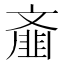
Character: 齑